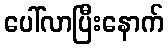
ပေါ်လာပြီးနောက်